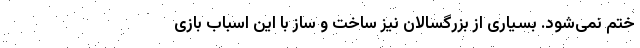
ختم نمی‌شود. بسیاری از بزرگسالان نیز ساخت و ساز با این اسباب بازی